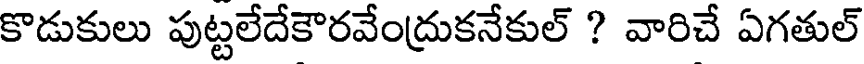
కొడుకులు పుట్టలేదేకౌరవేంద్రుకనేకుల్ ? వారిచే ఏగతుల్